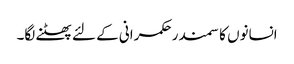
انسانوں کا سمندر حکمرانی کے لئے پھٹنے لگا۔